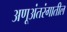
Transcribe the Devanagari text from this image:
अणूअंतरंगातील